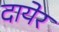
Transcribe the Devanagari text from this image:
दायेर